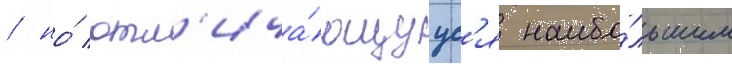
/ но́ отл'ича́ющуус'я наибо́льшим